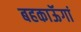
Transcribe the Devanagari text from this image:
बहकाऊॅगां